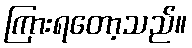
ကြားရတော့သည်။